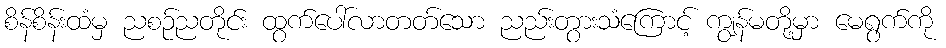
စိန်စိန်းထံမှ ညစဉ်ညတိုင်း ထွက်ပေါ်လာတတ်သော ညည်းတွားသံကြောင့် ကျွန်မတို့မှာ မေရွက်ကို